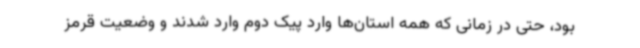
بود، حتی در زمانی که همه استان‌ها وارد پیک دوم وارد شدند و وضعیت قرمز